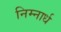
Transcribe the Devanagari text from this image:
निम्नार्ध